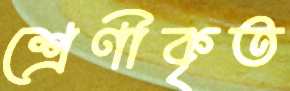
শ্রেণীকৃত